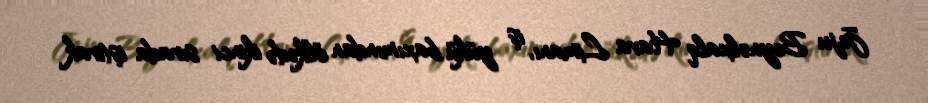
Jeju Beynəlxalq Hava Limanı, iş yükü baxımından ölkədə ikinci sırada iştirak